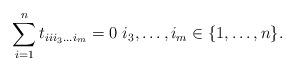
LaTeX: \begin{align*}\sum_{i=1}^nt_{iii_3\dots i_m}=0\ i_3,\dots,i_m\in\{1,\dots,n\}.\end{align*}